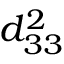
d _ { 3 3 } ^ { 2 }